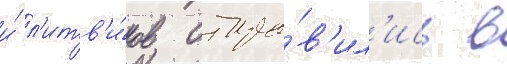
и́ л'итв'и́нов отпра́в'ил'ись в